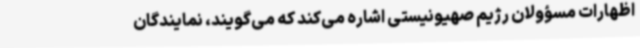
اظهارات مسؤولان رژیم صهیونیستی اشاره می‌کند که می‌گویند، نمایندگان